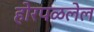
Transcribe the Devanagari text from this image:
होरपळलेल